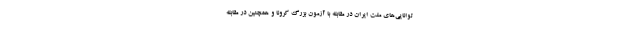
توانایی‌های ملت ایران در مقابله با آزمون بزرگ کرونا و همچنین در مقابله